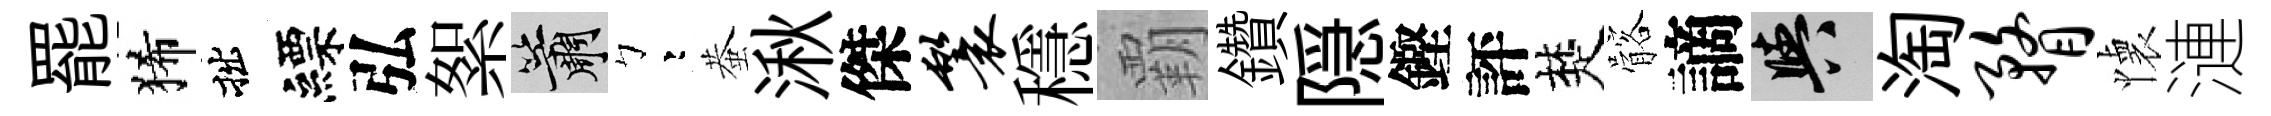
罷狶拙縹弘絮簫彎蛬湫傑鬟穩覇鑽隠鏗評楚髂謫阳淘瞀懐漣